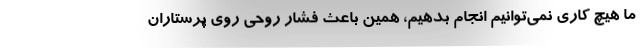
ما هیچ کاری نمی‌توانیم انجام بدهیم، همین باعث فشار روحی روی پرستاران